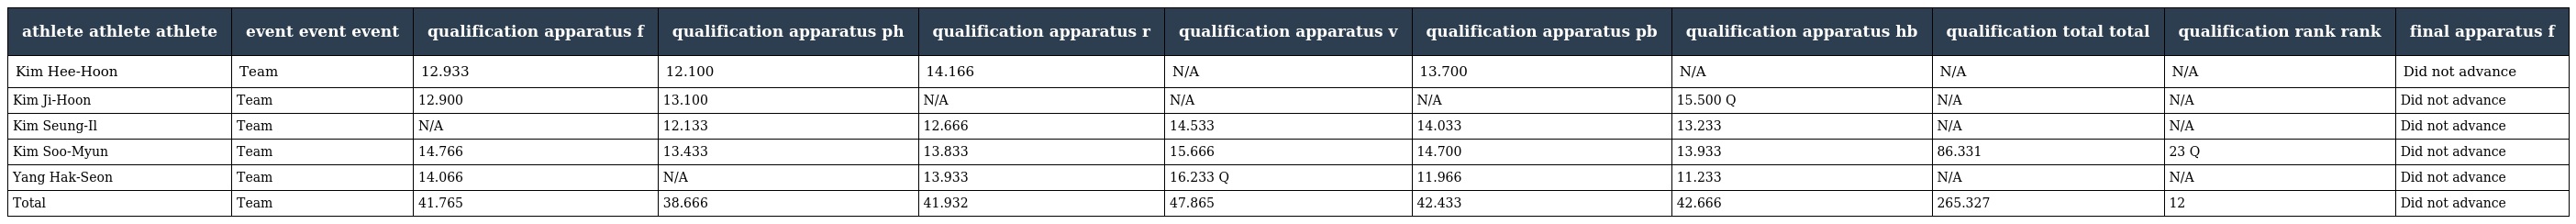
| athlete athlete athlete | event event event | qualification apparatus f | qualification apparatus ph | qualification apparatus r | qualification apparatus v | qualification apparatus pb | qualification apparatus hb | qualification total total | qualification rank rank | final apparatus f |
 | --- | --- | --- | --- | --- | --- | --- | --- | --- | --- | --- |
 | Kim Hee-Hoon | Team | 12.933 | 12.100 | 14.166 | N/A | 13.700 | N/A | N/A | N/A | Did not advance |
 | Kim Ji-Hoon | Team | 12.900 | 13.100 | N/A | N/A | N/A | 15.500 Q | N/A | N/A | Did not advance |
 | Kim Seung-Il | Team | N/A | 12.133 | 12.666 | 14.533 | 14.033 | 13.233 | N/A | N/A | Did not advance |
 | Kim Soo-Myun | Team | 14.766 | 13.433 | 13.833 | 15.666 | 14.700 | 13.933 | 86.331 | 23 Q | Did not advance |
 | Yang Hak-Seon | Team | 14.066 | N/A | 13.933 | 16.233 Q | 11.966 | 11.233 | N/A | N/A | Did not advance |
 | Total | Team | 41.765 | 38.666 | 41.932 | 47.865 | 42.433 | 42.666 | 265.327 | 12 | Did not advance |